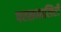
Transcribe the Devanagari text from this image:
परसनालिटी